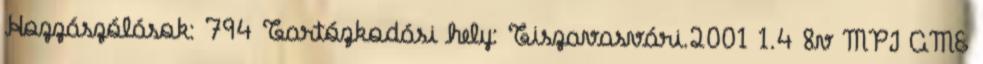
Hozzászólások: 794 Tartózkodási hely: Tiszavasvári.2001 1.4 8v MPI AME